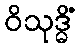
ဝိသုဒ္ဓိံ